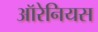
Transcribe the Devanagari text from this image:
ऑरेनियस